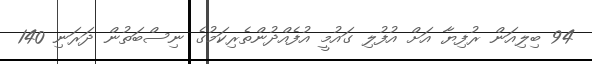
94 ބިލިއަން ރުފިޔާ އަށް އުފުލި ގައުމީ އުފެއްދުންތެރިކަމުގެ ނިސްބަތުން ދަރަނި 140